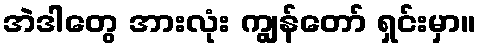
အဲဒါတွေ အားလုံး ကျွန်တော် ရှင်းမှာ။